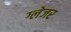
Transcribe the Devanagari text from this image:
ग्लेजर